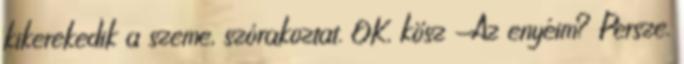
kikerekedik a szeme, szórakoztat. OK, kösz -Az enyéim? Persze.